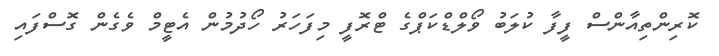
ކޮރިންތިއާންސް ފީފާ ކުލަބު ވޯލްޑްކަޕްގެ ޓްރޮފީ މިފަހަރު ހޯދުމުން އެޓީމް ވެގެން ގޮސްފައި